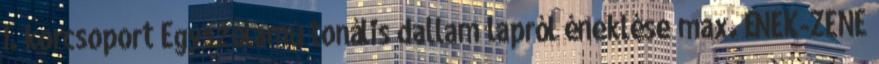
I. korcsoport Egyszólamú tonális dallam lapról éneklése max. ÉNEK-ZENE